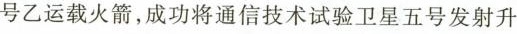
号乙运载火箭，成功将通信技术试验卫星五号发射升